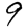
Digit: 9